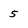
Character: 5